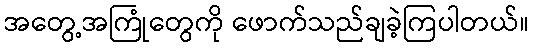
အတွေ့အကြုံတွေကို ဖောက်သည်ချခဲ့ကြပါတယ်။